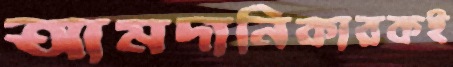
আমদানিকারকই